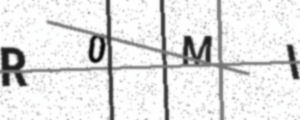
Text: R0MI